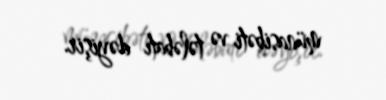
münasibəti və tələbatı dəyişir.